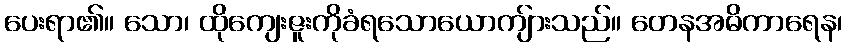
ပေးရာ၏။ သော၊ ထိုကျေးဇူးကိုခံရသောယောကျ်ားသည်။ တေနအဓိကာရေန၊